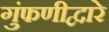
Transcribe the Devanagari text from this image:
गुंफणीद्वारे